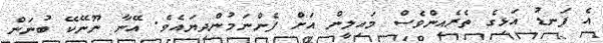
އެ ފަނޑު އަޅިގެ ތެރެއިންވެސް މައިލީން އަށް ފެންނަމުންދިޔައެވެ. އޭނާ ނޫނޭކޭ ބުނަން